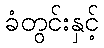
ခံတွင်းနှင့်